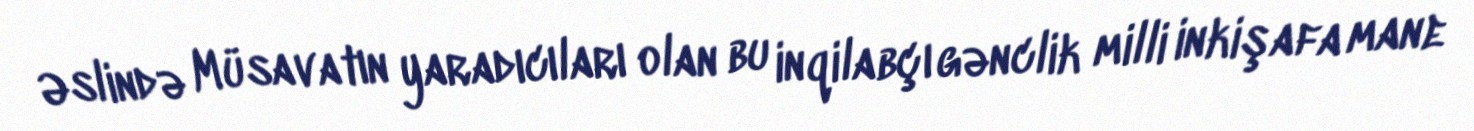
Əslində Müsavatın yaradıcıları olan bu inqilabçı gənclik milli inkişafa mane